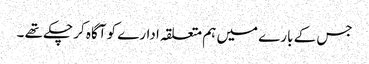
جس کے بارے میں ہم متعلقہ ادارے کو آگاہ کر چکے تھے ۔